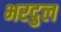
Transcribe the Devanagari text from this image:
भरदुल